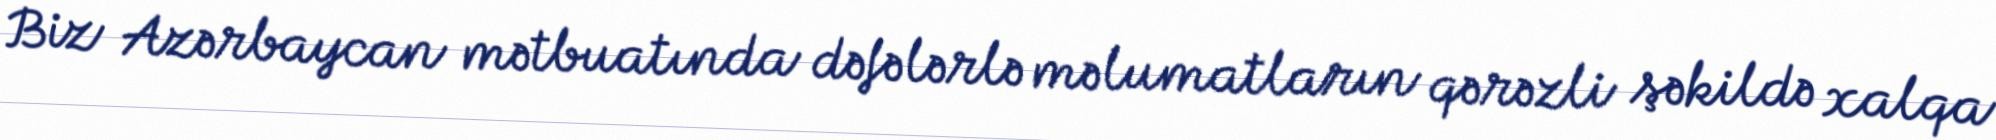
Biz Azərbaycan mətbuatında dəfələrlə məlumatların qərəzli şəkildə xalqa